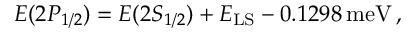
\begin{array} { r } { E ( 2 P _ { 1 / 2 } ) = E ( 2 S _ { 1 / 2 } ) + E _ { \mathrm { L S } } - 0 . 1 2 9 8 \, \mathrm { m e V } \, , } \end{array}